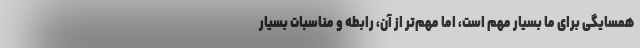
همسایگی برای ما بسیار مهم است، اما مهم‌تر از آن، رابطه و مناسبات بسیار